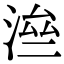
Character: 㴉